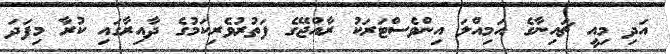
އަދި މިއީ ޗައިނާގެ އަމިއްލަ އިންވެސްޓަރަކު ރާއްޖޭގެ ފަތުރުވެރިކަމުގެ ދާއިރާގައި ކުރާ މިފަދަ